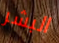
البشر